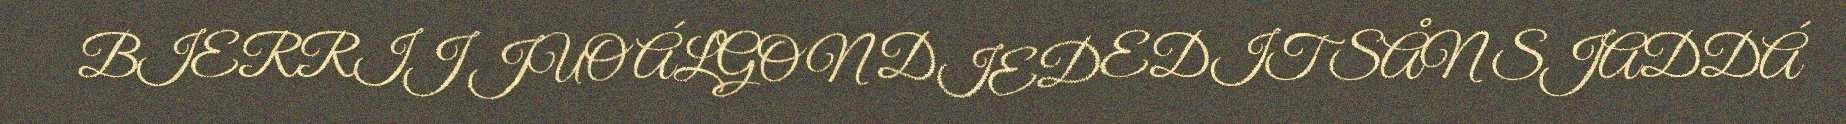
BIERRIJ JUO ÁLGON DIEDEDIT SÅN SJADDÁ